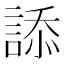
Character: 𧨩